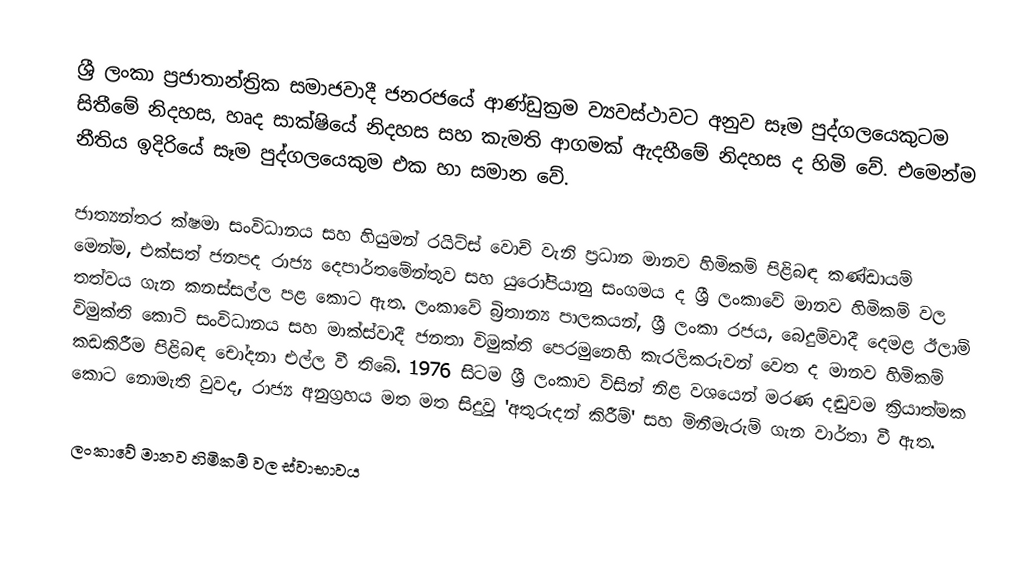
ශ්‍රී ලංකා ප්‍රජාතාන්ත්‍රික සමාජවාදී ජනරජයේ ආණ්ඩුක්‍රම ව්‍යවස්ථාවට අනුව සෑම පුද්ගලයෙකුටම සිතීමේ නිදහස, හෘද සාක්ෂියේ නිදහස සහ කැමති ආගමක් ඇදහීමේ නිදහස ද හිමි වේ. එමෙන්ම නීතිය ඉදිරියේ සෑම පුද්ගලයෙකුම එක හා සමාන වේ.

ජාත්‍යන්තර ක්ෂමා සංවිධානය සහ හියුමන් රයිට්ස් වොච් වැනි ප්‍රධාන මානව හිමිකම් පිළිබඳ කණ්ඩායම් මෙන්ම, එක්සත් ජනපද රාජ්‍ය දෙපාර්තමේන්තුව සහ යුරෝපියානු සංගමය ද ශ්‍රී ලංකාවේ මානව හිමිකම් වල තත්වය ගැන කනස්සල්ල පළ කොට ඇත. ලංකාවේ බ්‍රිතාන්‍ය පාලකයන්, ශ්‍රී ලංකා රජය, බෙදුම්වාදී දෙමළ ඊලාම් විමුක්ති කොටි සංවිධානය සහ මාක්ස්වාදී ජනතා විමුක්ති පෙරමුනෙහි කැරලිකරුවන් වෙත ද මානව හිමිකම් කඩකිරීම පිළිබඳ චෝදනා එල්ල වී තිබේ. 1976 සිටම ශ්‍රී ලංකාව විසින් නිළ වශයෙන් මරණ දඬුවම ක්‍රියාත්මක කොට නොමැති වුවද, රාජ්‍ය අනුග්‍රහය මත මත සිදුවූ 'අතුරුදන් කිරීම්' සහ මිනීමැරුම් ගැන වාර්තා වී ඇත.

ලංකාවේ මානව හිමිකම් වල ස්වාභාවය